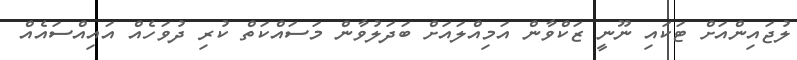
ލުޖައިންއަށް ޓަކައި ނޫނީ ޒަކްވާން އަމިއްލައަށް ބަދަލުވާން މަސައްކަތް ކުރި ދުވަހެއް އައިއްސައެއް